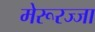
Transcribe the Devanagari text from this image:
मेरूरज्जा